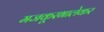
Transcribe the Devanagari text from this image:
मजकूरभालेकर